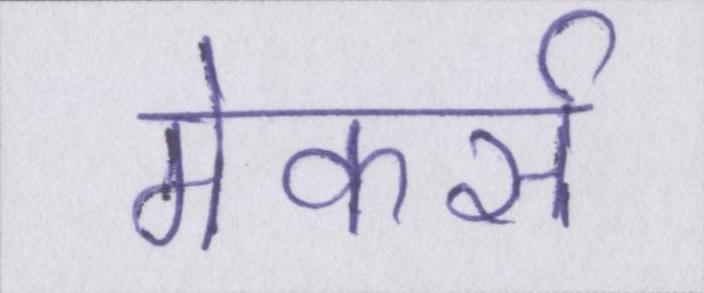
मेकर्स